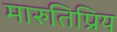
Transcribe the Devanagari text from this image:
मारुतिप्रिय